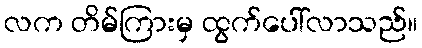
လက တိမ်ကြားမှ ထွက်ပေါ်လာသည်။